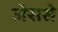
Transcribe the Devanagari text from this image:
जेससे